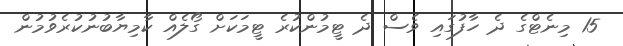
15 މިނެޓްގެ ދެ ހާފުގައި ވެސް ދެ ޓީމުންކުރެ ޓީމަކަށް ގޯލެއް ކާމިޔާބުނުކުރެވުމުން